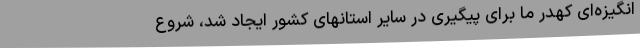
انگیزه‌ای کهدر ما برای پیگیری در سایر استانهای کشور ایجاد شد، شروع